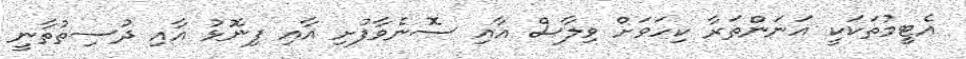
އެޓީމުތަކަކީ އަނަންތަރާ ކިހަވަށް ވިލާސް އާއި ސޮނެވާފުށި އާއި ފިނޮޅު އާއި ދުސިތުތާނީ